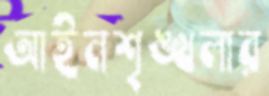
আইনশৃঙ্খলার